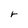
Character: r